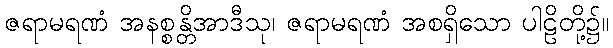
ဇရာမရဏံ အနစ္စန္တိအာဒီသု၊ ဇရာမရဏံ အစရှိသော ပါဠိတို့၌။